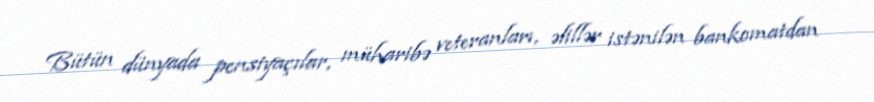
Bütün dünyada pensiyaçılar, müharibə veteranları, əlillər istənilən bankomatdan